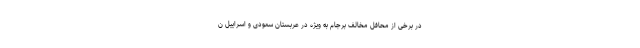
در برخی از محافل مخالف برجام به ویژه در عربستان سعودی و اسراییل ن